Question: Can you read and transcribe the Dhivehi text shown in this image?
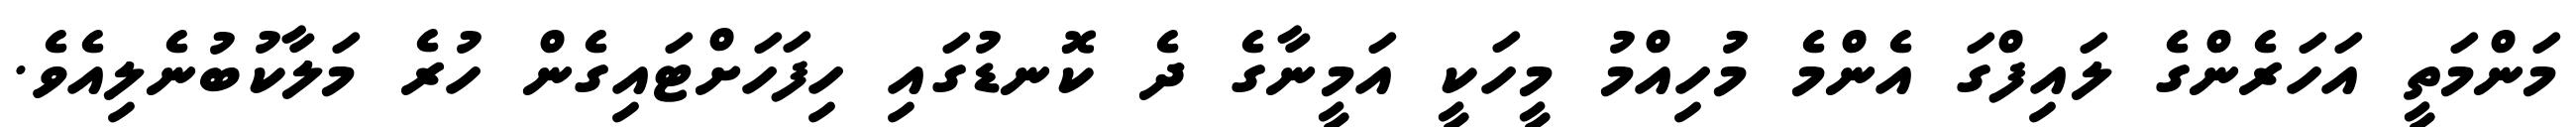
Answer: މަންމަތީ އަހަރެންގެ ލައިފްގަ އެންމެ މުހިއްމު މީހަކީ އަމީނާގެ ދެ ކޮނޑުގައި ހިފަހަށްޓައިގެން ހުރެ މަލާކުބުނެލިއެވެ.